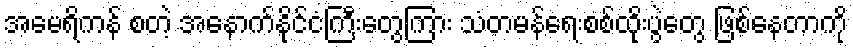
အမေရိကန် စတဲ့ အနောက်နိုင်ငံကြီးတွေကြား သံတမန်ရေးစစ်ထိုးပွဲတွေ ဖြစ်နေတာကို